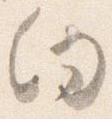
向